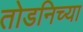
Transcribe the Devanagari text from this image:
तोडनिच्या